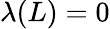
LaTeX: \lambda(L)=0